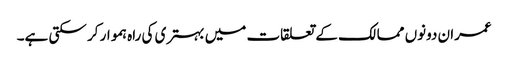
عمران دونوں ممالک کے تعلقات میں بہتری کی راہ ہموار کر سکتی ہے۔